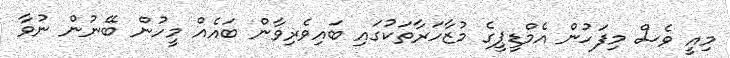
މިއީ ވެސް މިފަހުން އެމްޑީޕީގެ މުޒާހަރާތަކުގައި ބައިވެރިވާން ބައެއް މީހުން ބޭނުން ނުވާ